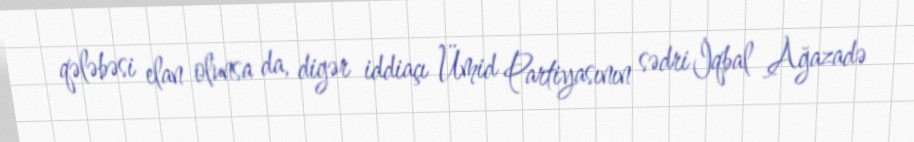
qələbəsi elan olunsa da, digər iddiaçı Ümid Partiyasının sədri İqbal Ağazadə